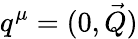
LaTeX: q^{\mu}=(0,\vec{Q})